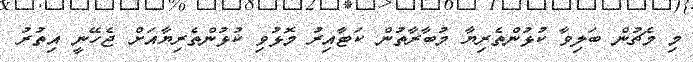
މި މެޗުން ބަލިވާ ކުޅުންތެރިޔާ މުބާރާތުން ކަޓާއިރު މޮޅުވި ކުޅުންތެރިޔާއަށް ޖެހޭނީ އިތުރު